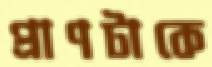
প্রাণটাকে